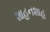
શાહનશાહ